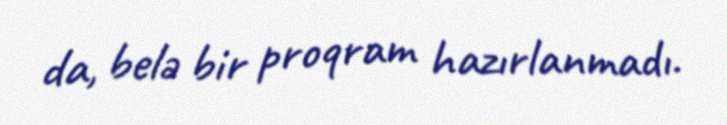
da, belə bir proqram hazırlanmadı.